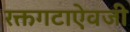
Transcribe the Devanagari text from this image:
रक्तगटाऐवजी